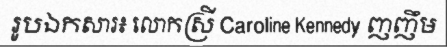
រូបឯកសារ៖ លោកស្រី Caroline Kennedy ញញឹម